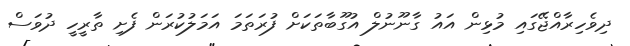
ދިވެހިރާއްޖޭގައި މުޅިން އައު ގާނޫނުލް އުގޫބާތަކަށް ފުރަތަމަ އަމަލުކުރަން ފެށި ތާރީހީ ދުވަސް